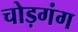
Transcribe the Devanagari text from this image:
चोड़गंग